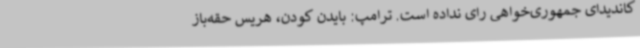
کاندیدای جمهوری‌خواهی رای نداده است. ترامپ: بایدن کودن، هریس حقه‌باز